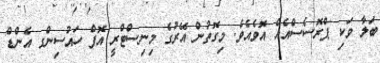
ބަލާ ވަކި ޕްރޮސެސްއެއް އޮވެއެވެ. މިގޮތުން އޭރުގެ މިނިސްޓްރީ އޮފް ހައުސިންގ އެންޑް